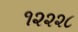
૧૨૨૨૮